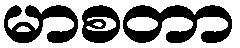
မာစတာ